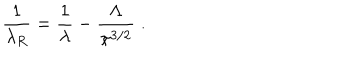
LaTeX: \frac { 1 } { \lambda _ { R } } = \frac { 1 } { \lambda } - \frac { \Lambda } { \pi ^ { 3 / 2 } } \; .